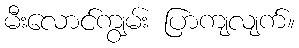
မီးလောင်ကျွမ်း ပြာကျလျက်။